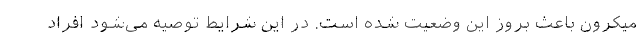
میکرون باعث بروز این وضعیت شده است. در این شرایط توصیه می‌شود افراد